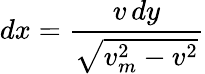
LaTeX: dx={\frac{v\, dy}{\sqrt{v_{m}^{2}-v^{2}}}}